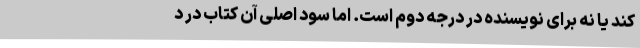
کند یا نه برای نویسنده در درجه دوم است. اما سود اصلی آن کتاب در د